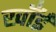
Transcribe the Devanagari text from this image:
खाँईं